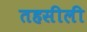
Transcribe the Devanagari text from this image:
तहसीली